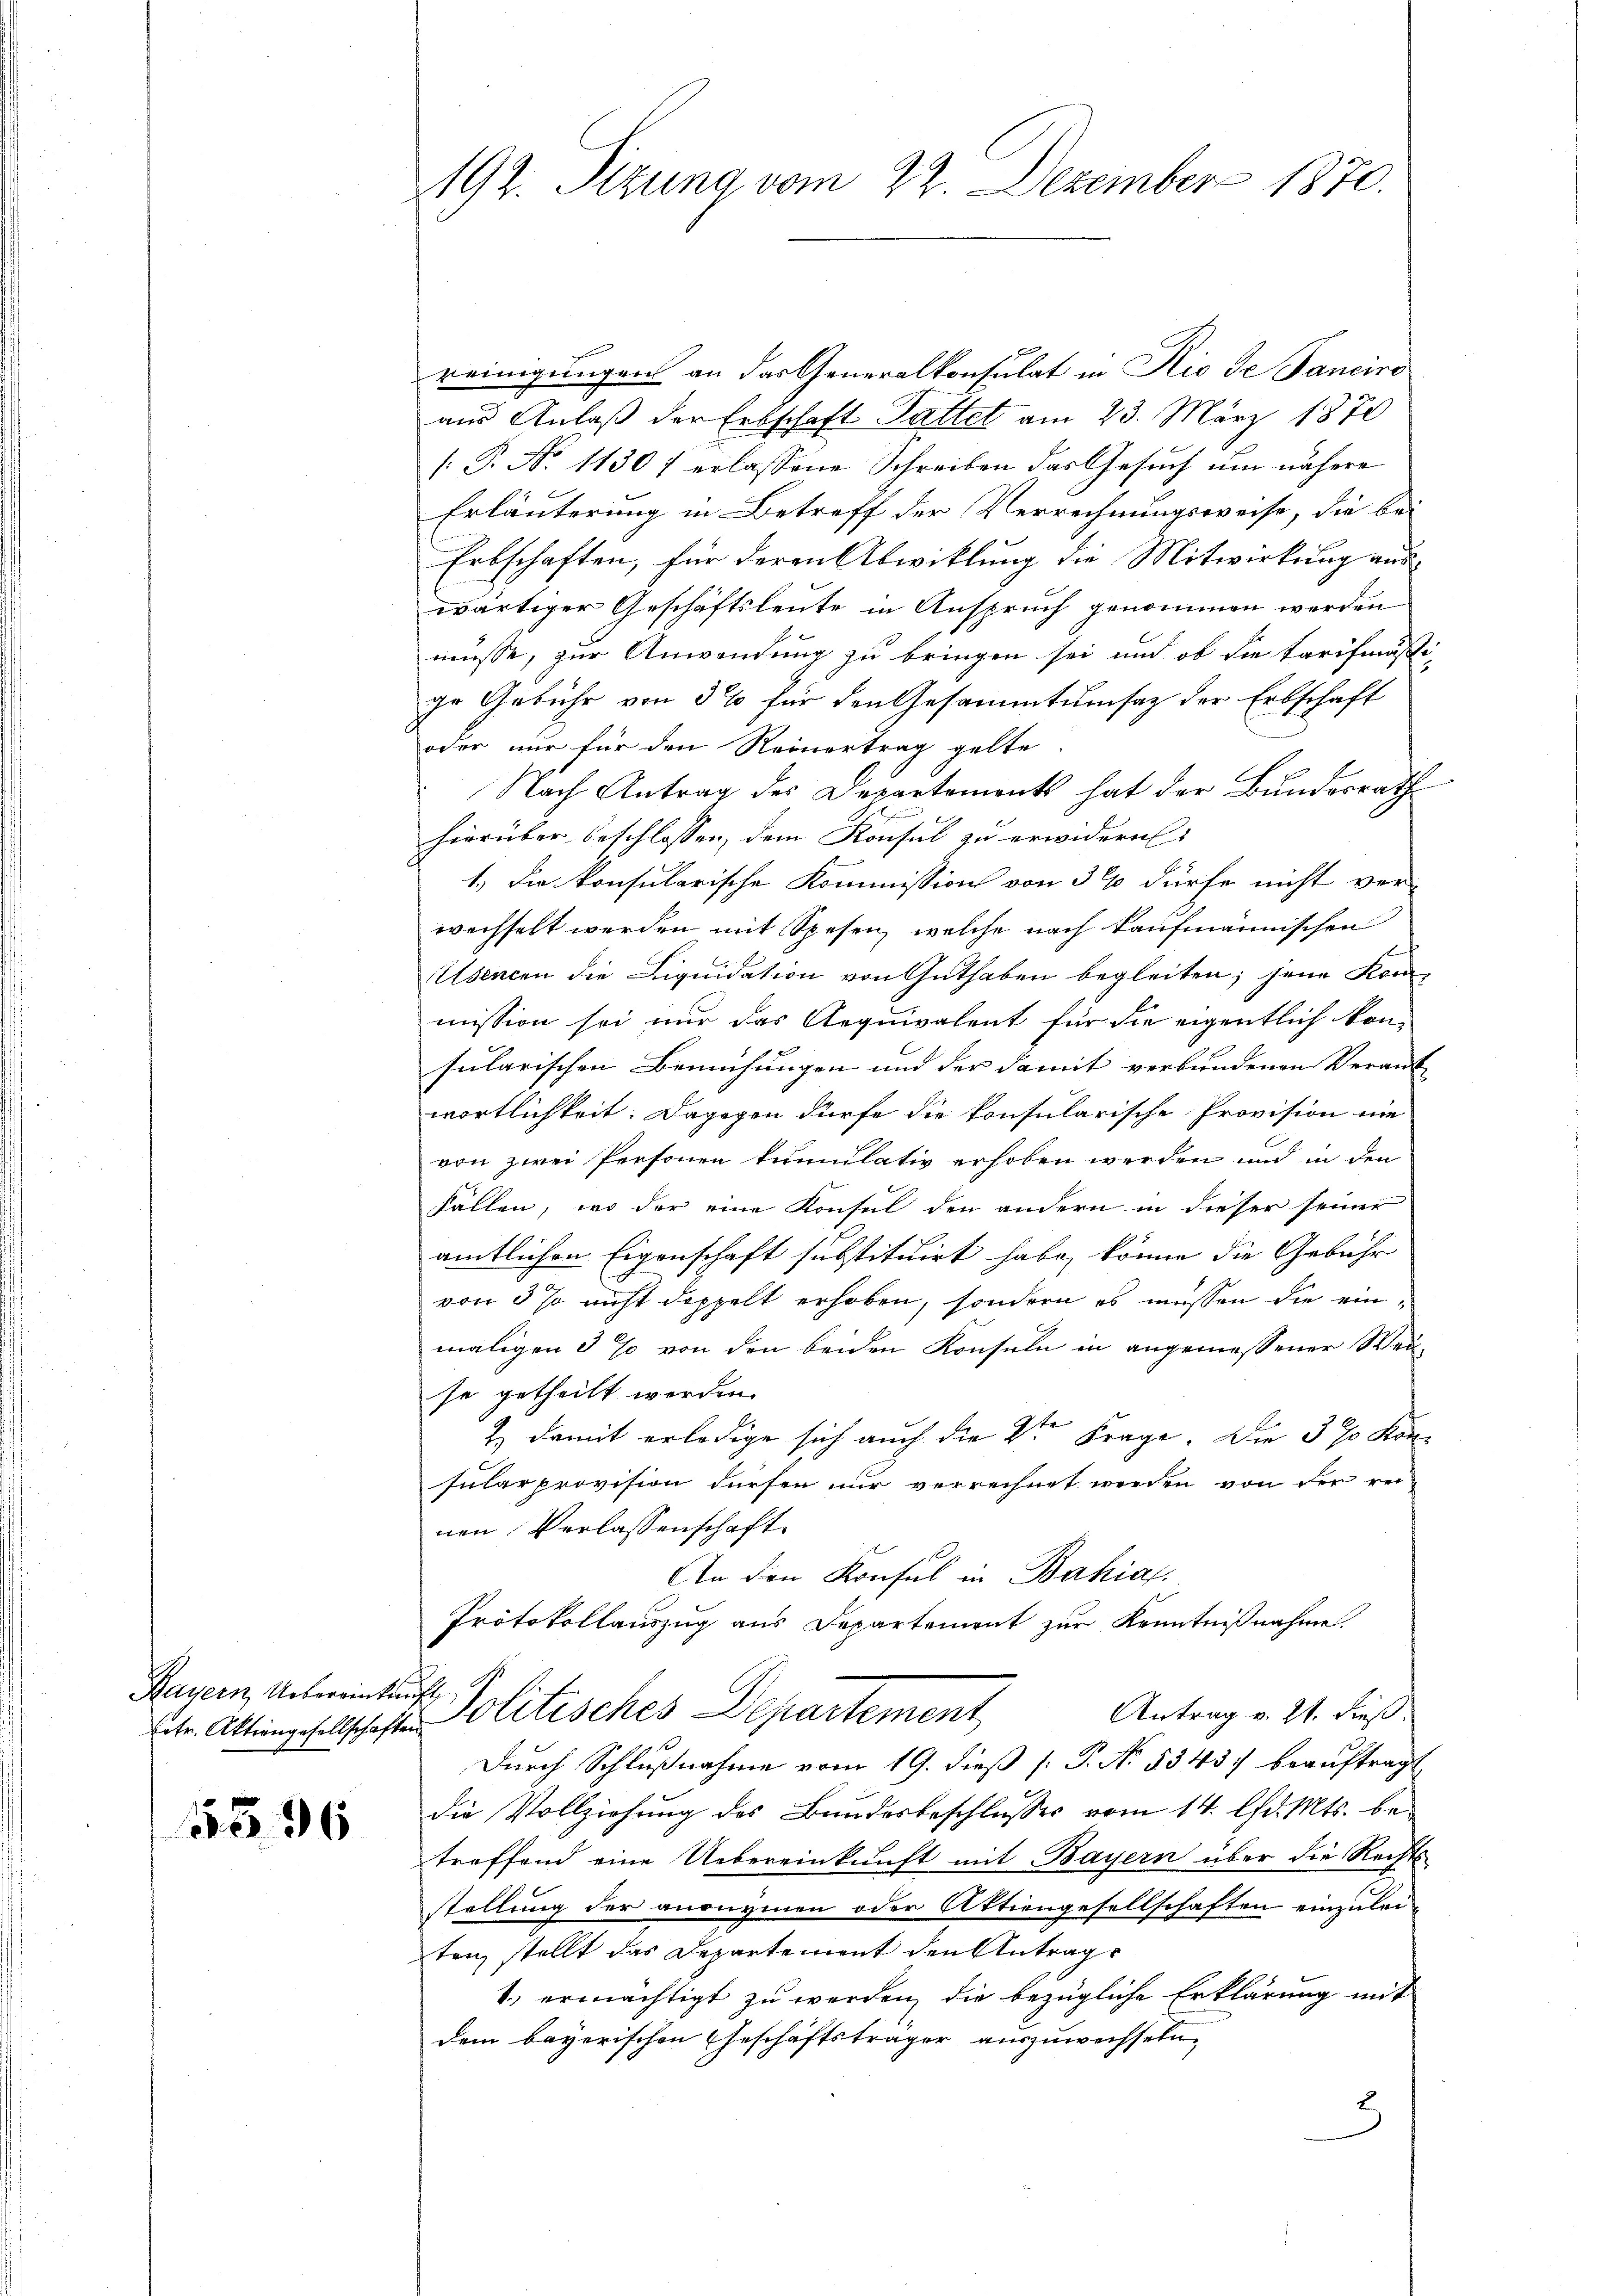
Bayern Uebereinkauft

5396

192. Sizung vom 22. Dezember 1870.

reinigungen an das Generalkonsulat in Rio de Sanciro
aus Anlaß der Erbschaft Gattet am 23. März 1870
[: P. No 11307 erlassene Schreiben das Gesuch um nähere
Erläuterung in Betreff der Verrechnungsweise, die bei
Erbschaften, für deren Abwicklung die Mitwirkung auswärtiger Geschäftsleute in Anspruch genommen werden
müsse, zur Anwendung zu bringen sei und ob die Tarifmäßi-
ge Gebühr von 3% für den Gesammtumsatz der Erbschaft
oder nur für den Reinertrag gelte
Nach Antrag des Departements hat der Bundesrath
hierüber beschlossen, dem Konsul zu erwidern:
1.) Die konsularische Kommission von 3% dürfe nicht ver-
wechselt werden mit Spesen, welche nach kaufmännischen
Usencen die Liquidation von Guthaben begleiten; jene Kon
mission sei nur das Aequivalent für die eigentlich kon-
sularischen Bemühungen und der damit verbundenen Verant
wortlichkeit. Dagegen dürfe die konsularische Provision ei
von zwei Personen kumulativ erhoben werden und in den
Fällen, wo der eine Konsul den andern in dieser seiner
amtlichen Eigenschaft substituirt habe, könne die Gebühr
von 3 % nicht doppelt erhoben, sondern es müssen die einmaligen 5 % von den beiden Konseln in angemessener Weise getheilt werden.
& damit erledige sich auch die 2ten Frage. Die 370 Konsular provision dürfen nur verrechnet werden von der reinen Verlassenschaft.
An den Konsul in Bahias.
Protokollauszug aus Departement zur Kenntnißnahme.
Antrag v. 21. dieß.
t Attingesellschaften Politisches Departement
Durch Schlußnahme vom 19. dieß [P. No. 5345:/ beauftragt
die Vollziehung des Bundesbeschlusses vom 14. lfd. Mts. betreffend eine Uebereinkunft mit Bayern über die Rechts
.
stellung der anonymen oder Aktiengesellschaften einzuleitanz stellt das Departement den Antrag
1.) ermächtigt zu werden, die bezügliche Erklärung mit
dem bayerischen Eheschäftsträger auszuwechseln,